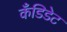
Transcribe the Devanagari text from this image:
कँडिडेट